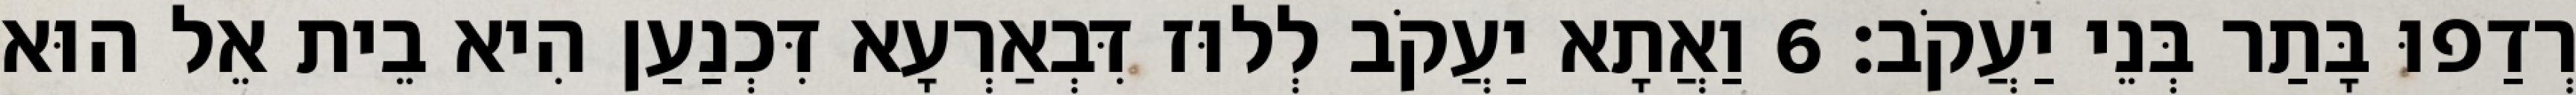
רְדַפוּ בָּתַר בְּנֵי יַעֲקֹב׃ 6 וַאֲתָא יַעֲקֹב לְלוּז דִּבְאַרְעָא דִּכְנַעַן הִיא בֵית אֵל הוּא